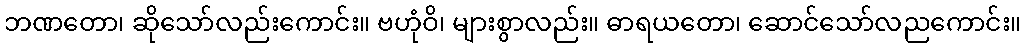
ဘဏတော၊ ဆိုသော်လည်းကောင်း။ ဗဟုံဝိ၊ များစွာလည်း။ ဓာရယတော၊ ဆောင်သော်လညကောင်း။